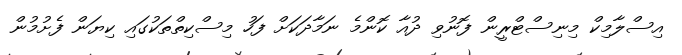
އިސްލާމިކް މިނިސްޓްރީން ފޮނުވި ދުއާ ކޮންމެ ނަމާދަކަށް ފަހު މިސްކިތްތަކުގައި ކިޔަން ފެށުމުން